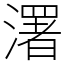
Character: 濖